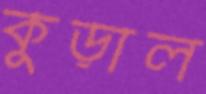
কুড়াল